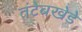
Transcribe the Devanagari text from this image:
तंटेबखेडे